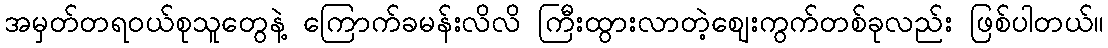
အမှတ်တရဝယ်စုသူတွေနဲ့ ကြောက်ခမန်းလိလိ ကြီးထွားလာတဲ့ဈေးကွက်တစ်ခုလည်း ဖြစ်ပါတယ်။